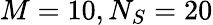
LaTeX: M=10,N_{S}=20